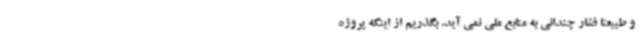
و طبیعتاً فشار چندانی به منابع ملی نمی آید. بگذریم از اینکه پروژه